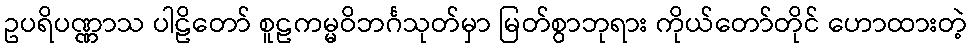
ဥပရိပဏ္ဏာသ ပါဠိတော် စူဠကမ္မဝိဘင်္ဂသုတ်မှာ မြတ်စွာဘုရား ကိုယ်တော်တိုင် ဟောထားတဲ့